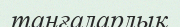
таңғаларлық